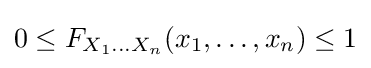
0\leq F_{X_{1}\ldots X_{n}}(x_{1},\ldots ,x_{n})\leq 1